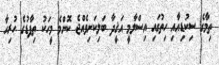
ތިމާގެ ސިކުޑިއާއި ހިތުގައި އިސްލާމީ އަޤީދާ ބަލިކަށިވެއްޖެ ކޮންމެ މީހަކު ތިފާޑުގެ ހުރިހާ